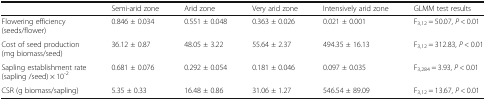
|  | Semi-arid zone | Arid zone | Very arid zone | Intensively arid zone | GLMM test results |
 | --- | --- | --- | --- | --- | --- |
 | Flowering efficiency (seeds/flower) | 0.846 ± 0.034 | 0.551 ± 0.048 | 0.363 ± 0.026 | 0.021 ± 0.001 | F3,12 = 50.07, P < 0.01 |
 | Cost of seed production (mg biomass/seed) | 36.12 ± 0.87 | 48.05 ± 3.22 | 55.64 ± 2.37 | 494.35 ± 16.13 | F3,12 = 312.83, P < 0.01 |
 | Sapling establishment rate (sapling /seed) × 10-2 | 0.681 ± 0.076 | 0.292 ± 0.054 | 0.181 ± 0.046 | 0.097 ± 0.035 | F3,284 = 3.93, P < 0.01 |
 | CSR (g biomass/sapling) | 5.35 ± 0.33 | 16.48 ± 0.86 | 31.06 ± 1.27 | 546.54 ± 89.09 | F3,12 = 13.67, P < 0.01 |